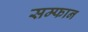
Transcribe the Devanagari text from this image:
सम्फान